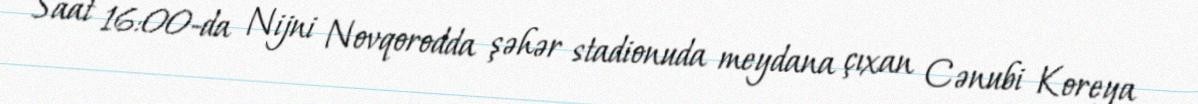
Saat 16:00-da Nijni Novqorodda şəhər stadionuda meydana çıxan Cənubi Koreya